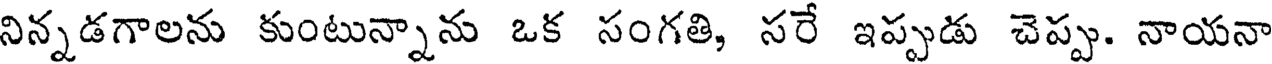
నిన్నడగాలను కుంటున్నాను ఒక సంగతి, సరే ఇప్పుడు చెప్పు. నాయనా